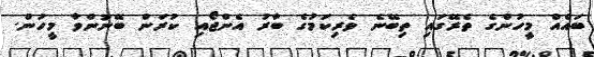
ބައެއް މީހުންގެ ތެރޭގައި ތިބޭނެ ވެރިކަމުގެ ބާރު އެންޖޯއި ކުރަން ބޭނުންވާ މީހުން.